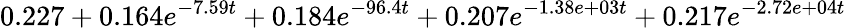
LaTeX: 0.227+0.164e^{-7.59t}+0.184e^{-96.4t}+0.207e^{-1.38e+03t}+0.217e^{-2.72e+04t}